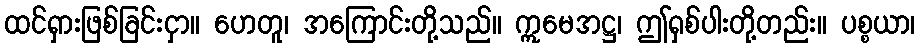
ထင်ရှားဖြစ်ခြင်းငှာ။ ဟေတူ၊ အကြောင်းတို့သည်။ ဣမေအဋ္ဌ၊ ဤရှစ်ပါးတို့တည်း။ ပစ္စယာ၊